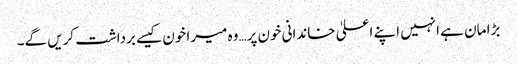
بڑا مان ہے انہیں اپنے اعلیٰ خاندانی خون پر…وہ میرا خون کیسے برداشت کریں گے۔